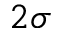
2 \sigma